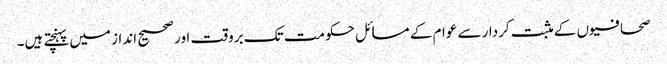
صحافیوں کے مثبت کردار سے عوام کے مسائل حکومت تک بروقت اور صحیح انداز میں پہنچتے ہیں۔